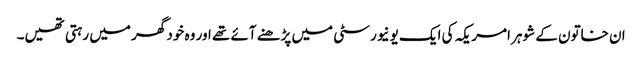
ان خاتون کے شوہر امریکہ کی ایک یونیورسٹی میں پڑھنے آئے تھے اور وہ خود گھر میں رہتی تھیں۔